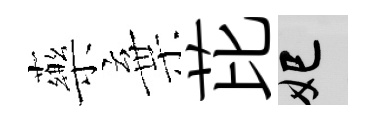
藥棄芘妃